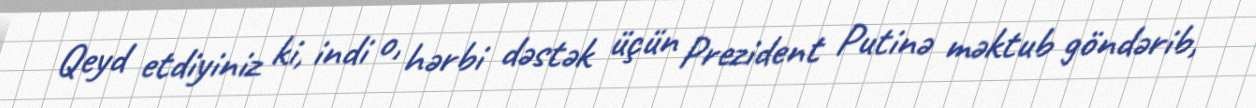
Qeyd etdiyiniz ki, indi o, hərbi dəstək üçün Prezident Putinə məktub göndərib,